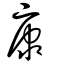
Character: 康